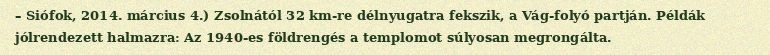
– Siófok, 2014. március 4.) Zsolnától 32 km-re délnyugatra fekszik, a Vág-folyó partján. Példák jólrendezett halmazra: Az 1940-es földrengés a templomot súlyosan megrongálta.